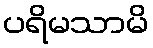
ပရိမသာမိ